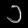
Digit: ၁